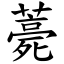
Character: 薧